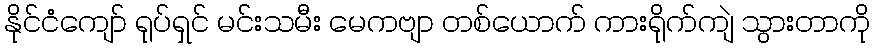
နိုင်ငံကျော် ရုပ်ရှင် မင်းသမီး မေကဗျာ တစ်ယောက် ကားရိုက်ကျဲ သွားတာကို